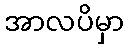
အာလပိမှာ